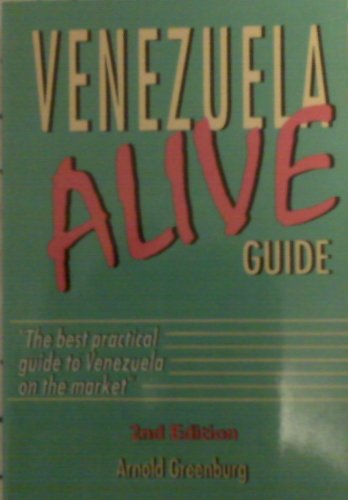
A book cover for Venezuela Alive Guide; Arnold Greenberg; Travel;